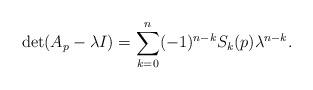
LaTeX: \begin{align*} \det(A_p-\lambda I)=\sum_{k=0}^{n}(-1)^{n-k}S_{k}(p)\lambda^{n-k}.\end{align*}